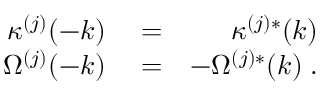
\begin{array} { r l r } { \kappa ^ { ( j ) } ( - k ) } & { { } = } & { \kappa ^ { ( j ) * } ( k ) } \\ { \Omega ^ { ( j ) } ( - k ) } & { { } = } & { - \Omega ^ { ( j ) * } ( k ) \; . } \end{array}